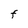
Character: F